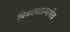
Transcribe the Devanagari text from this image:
बिबट्याप्रमाणेच